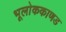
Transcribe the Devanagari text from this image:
भूलाेककाणड